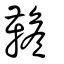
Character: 韂